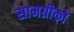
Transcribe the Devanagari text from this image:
सामग्रीको